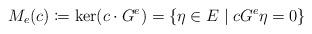
LaTeX: \begin{align*}M_e(c) \coloneqq \ker (c \cdot G^e) = \{\eta \in E \mid c G^e \eta =0\}\end{align*}